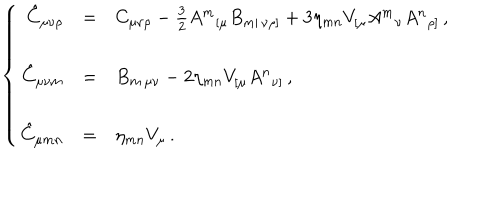
\left\{ \begin{array} { r c l } { { \hat { C } _ { \mu \nu \rho } } } & { { = } } & { { C _ { \mu \nu \rho } - \frac { 3 } { 2 } A ^ { m } { } _ { [ \mu } B _ { m | \, \nu \rho ] } + 3 \eta _ { m n } V _ { [ \mu } A ^ { m } { } _ { \nu } A ^ { n } { } _ { \rho ] } \, , } } \\ { { } } & { { } } & { { } } \\ { { \hat { C } _ { \mu \nu m } } } & { { = } } & { { B _ { m \, \mu \nu } - 2 \eta _ { m n } V _ { [ \mu } A ^ { n } { } _ { \nu ] } \, , } } \\ { { } } & { { } } & { { } } \\ { { \hat { C } _ { \mu m n } } } & { { = } } & { { \eta _ { m n } V _ { \mu } \, . } } \\ \end{array} \right.